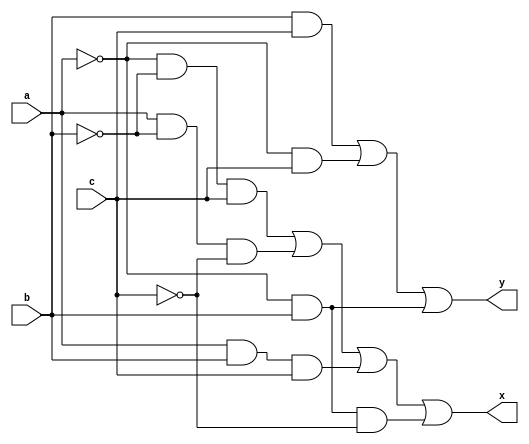
module rep5(a,b,c,x,y);
	input a,b,c;
	output x,y;
	assign x = ~a&~b&c|a&~b&~c|a&b&c|~a&b&~c;
	assign y = b&c|~a&c|~a&b;
endmodule